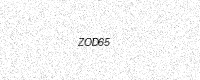
Text: ZOD65